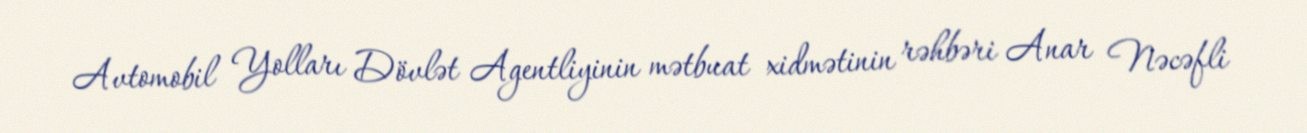
Avtomobil Yolları Dövlət Agentliyinin mətbuat xidmətinin rəhbəri Anar Nəcəfli